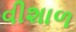
વીશાળ